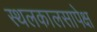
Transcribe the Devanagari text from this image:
स्थलकालसापेक्ष